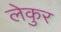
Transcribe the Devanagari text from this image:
लेकुर